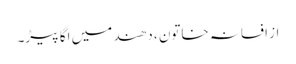
از افسانہ خاتون ، دھند میں اگا پیڑ۔